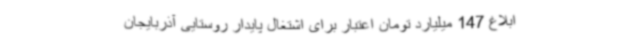
ابلاغ 147 میلیارد تومان اعتبار برای اشتغال پایدار روستایی آذربایجان